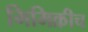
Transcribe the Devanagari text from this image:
मिमिक्रीच